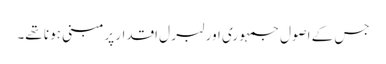
جس کے اصول جمہو ری اور لبر ل اقدار پرمبنی ہو نا تھے۔